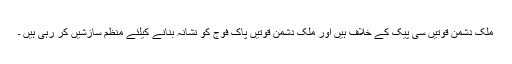
ملک دشمن قوتیں سی پیک کے خلاف ہیں اور ملک دشمن قوتیں پاک فوج کو نشانہ بنانے کیلئے منظم سازشیں کر رہی ہیں ۔